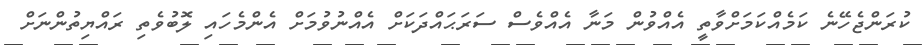
ކުރަންޖެހޭނެ ކަމެއްކަމަށްވާތީ އެއްވުން މަނާ އެއްވެސް ސަރަޙައްދަކަށް އެއްނުވުމަށް އެންމެހައި ލޮބުވެތި ރައްޔިތުންނަށް